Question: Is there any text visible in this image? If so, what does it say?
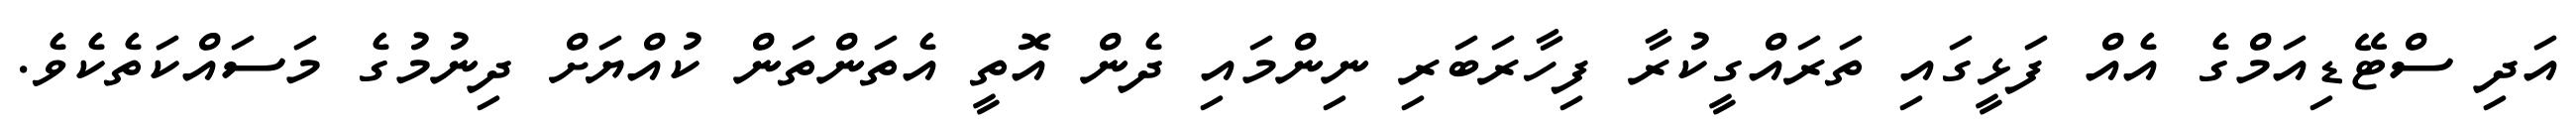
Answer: އަދި ސްޓޭޑިއަމްގެ އެއް ފަޅީގައި ތަރައްގީކުރާ ފިހާރަބަރި ނިންމައި ދެން އޮތީ އެތަންތަން ކުއްޔަށް ދިނުމުގެ މަސައްކަތެކެވެ.